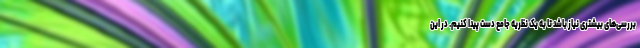
بررسی‌های بیشتری نیاز باشد تا به یک نظریه جامع دست پیدا کنیم. در این